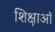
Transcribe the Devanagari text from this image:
शिक्षाऑ